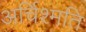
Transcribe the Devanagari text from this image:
अर्चिश्मति